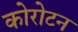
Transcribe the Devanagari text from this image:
कोरोटन